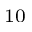
_ { 1 0 }